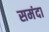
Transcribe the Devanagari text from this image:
समंदा